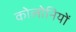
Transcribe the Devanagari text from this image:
कोलोनियों